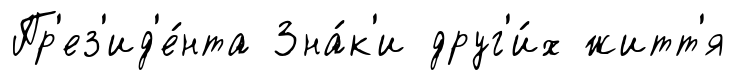
Пр'ез'ид'е́нта Зна́к'и друг'и́х житт'я